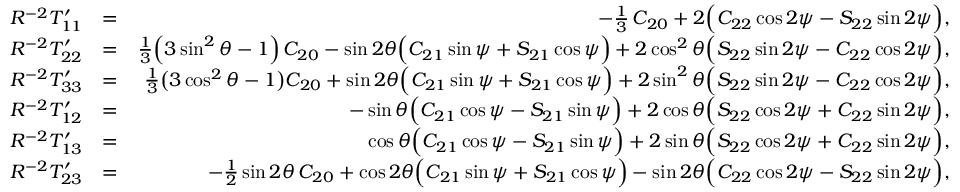
\begin{array} { r l r } { R ^ { - 2 } { \cal T } _ { 1 1 } ^ { \prime } } & { = } & { - \textstyle \frac { 1 } { 3 } \, C _ { 2 0 } + 2 \Big ( C _ { 2 2 } \cos 2 \psi - S _ { 2 2 } \sin 2 \psi \Big ) , } \\ { R ^ { - 2 } { \cal T } _ { 2 2 } ^ { \prime } } & { = } & { \textstyle \frac { 1 } { 3 } \Big ( 3 \sin ^ { 2 } \theta - 1 \Big ) \, C _ { 2 0 } - \sin 2 \theta \Big ( C _ { 2 1 } \sin \psi + S _ { 2 1 } \cos \psi \Big ) + 2 \cos ^ { 2 } \theta \Big ( S _ { 2 2 } \sin 2 \psi - C _ { 2 2 } \cos 2 \psi \Big ) , } \\ { R ^ { - 2 } { \cal T } _ { 3 3 } ^ { \prime } } & { = } & { { \textstyle \frac { 1 } { 3 } } \big ( 3 \cos ^ { 2 } \theta - 1 \big ) C _ { 2 0 } + \sin 2 \theta \Big ( C _ { 2 1 } \sin \psi + S _ { 2 1 } \cos \psi \Big ) + 2 \sin ^ { 2 } \theta \Big ( S _ { 2 2 } \sin 2 \psi - C _ { 2 2 } \cos 2 \psi \Big ) , } \\ { R ^ { - 2 } { \cal T } _ { 1 2 } ^ { \prime } } & { = } & { - \sin \theta \Big ( C _ { 2 1 } \cos \psi - S _ { 2 1 } \sin \psi \Big ) + 2 \cos \theta \Big ( S _ { 2 2 } \cos 2 \psi + C _ { 2 2 } \sin 2 \psi \Big ) , } \\ { R ^ { - 2 } { \cal T } _ { 1 3 } ^ { \prime } } & { = } & { \cos \theta \Big ( C _ { 2 1 } \cos \psi - S _ { 2 1 } \sin \psi \Big ) + 2 \sin \theta \Big ( S _ { 2 2 } \cos 2 \psi + C _ { 2 2 } \sin 2 \psi \Big ) , } \\ { R ^ { - 2 } { \cal T } _ { 2 3 } ^ { \prime } } & { = } & { - { \textstyle \frac { 1 } { 2 } } \sin 2 \theta \, C _ { 2 0 } + \cos 2 \theta \Big ( C _ { 2 1 } \sin \psi + S _ { 2 1 } \cos \psi \Big ) - \sin 2 \theta \Big ( C _ { 2 2 } \cos 2 \psi - S _ { 2 2 } \sin 2 \psi \Big ) , } \end{array}